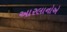
આરલાનોએ